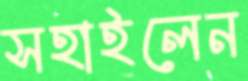
সহাইলেন